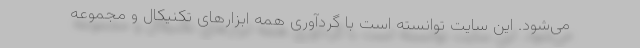
می‌شود. این سایت توانسته است با گردآوری همه ابزارهای تکنیکال و مجموعه